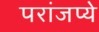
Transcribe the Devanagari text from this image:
परांजप्ये